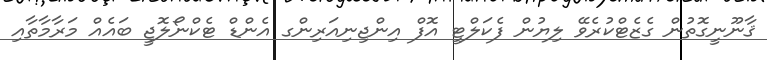
ޤާނޫނީގޮތުން ގެޒެޓްކުރެވޭ ލިޔުން ފެކަލްޓީ އޮފް އިންޖިނިއަރިންގ އެންޑް ޓެކްނޯލޮޖީ ބައެއް މަރާމާތާއި